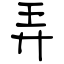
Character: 弄